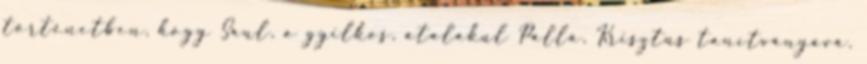
történetben, hogy Saul, a gyilkos, átalakul Pállá, Krisztus tanítványává.